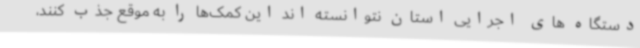
دستگاه های اجرایی استان نتوانسته اند این کمک‌ها را به موقع جذب کنند،